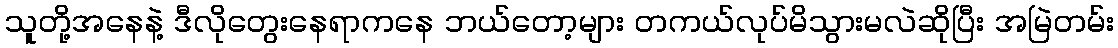
သူတို့အနေနဲ့ ဒီလိုတွေးနေရာကနေ ဘယ်တော့များ တကယ်လုပ်မိသွားမလဲဆိုပြီး အမြဲတမ်း